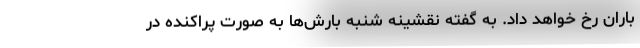
باران رخ خواهد داد. به گفته نقشینه شنبه بارش‌ها به صورت پراکنده در